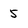
Character: 5